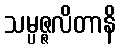
သမ္ပဇ္ဇလိတာနိ